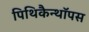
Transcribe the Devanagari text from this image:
पिथिकैन्थॉपस